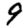
Digit: 9